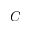
C